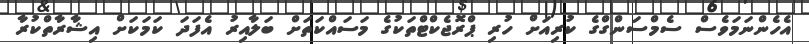
އެހެންނަމަވެސް ސެމްސަންގްގެ ކުރިއަށް ހުރި ޕްރޮޖެކްޓްތަކުގެ މަސައްކަތަށް ބަލާއިރު އެފަދަ ކަމަކަށް އިޝާރާތްކުރާ